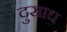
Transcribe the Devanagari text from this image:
दुसाध